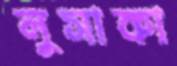
লুসাকা